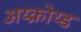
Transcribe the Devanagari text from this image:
अय्क्रोय्ड